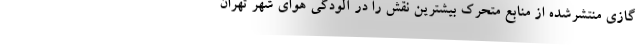
گازی منتشرشده از منابع متحرک بیشترین نقش را در آلودگی هوای شهر تهران